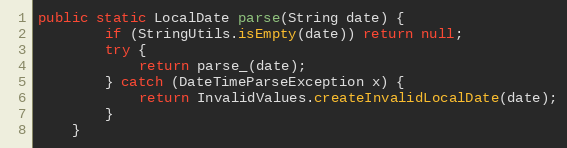
Language: Java
public static LocalDate parse(String date) {
		if (StringUtils.isEmpty(date)) return null;
		try {
			return parse_(date);
		} catch (DateTimeParseException x) {
			return InvalidValues.createInvalidLocalDate(date);
		}
	}